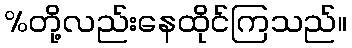
%တို့လည်းနေထိုင်ကြသည်။